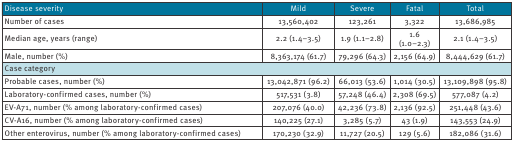
<table><thead><tr><td><b>Disease severity</b></td><td><b>Mild</b></td><td><b>Severe</b></td><td><b>Fatal</b></td><td><b>Total</b></td></tr></thead><tbody><tr><td><b>Number of cases</b></td><td>13,560,402</td><td>123,261</td><td>3,322</td><td>13,686,985</td></tr><tr><td><b>Median age, years (range)</b></td><td>2.2 (1.4–3.5)</td><td>1.9 (1.1–2.8)</td><td>1.6 (1.0–2.3)</td><td>2.1 (1.4–3.5)</td></tr><tr><td><b>Male, number (%)</b></td><td>8,363,174 (61.7)</td><td>79,296 (64.3)</td><td>2,156 (64.9)</td><td>8,444,629 (61.7)</td></tr><tr><td colspan="5"><b>Case category</b></td></tr><tr><td>Probable cases, number (%)</td><td>13,042,871 (96.2)</td><td>66,013 (53.6)</td><td>1,014 (30.5)</td><td>13,109,898 (95.8)</td></tr><tr><td>Laboratory-confirmed cases, number (%)</td><td>517,531 (3.8)</td><td>57,248 (46.4)</td><td>2,308 (69.5)</td><td>577,087 (4.2)</td></tr><tr><td>EV-A71, number (% among laboratory-confirmed cases)</td><td>207,076 (40.0)</td><td>42,236 (73.8)</td><td>2,136 (92.5)</td><td>251,448 (43.6)</td></tr><tr><td>CV-A16, number (% among laboratory-confirmed cases)</td><td>140,225 (27.1)</td><td>3,285 (5.7)</td><td>43 (1.9)</td><td>143,553 (24.9)</td></tr><tr><td>Other enterovirus, number (% among laboratory-confirmed cases)</td><td>170,230 (32.9)</td><td>11,727 (20.5)</td><td>129 (5.6)</td><td>182,086 (31.6)</td></tr></tbody></table>